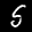
Label: 5